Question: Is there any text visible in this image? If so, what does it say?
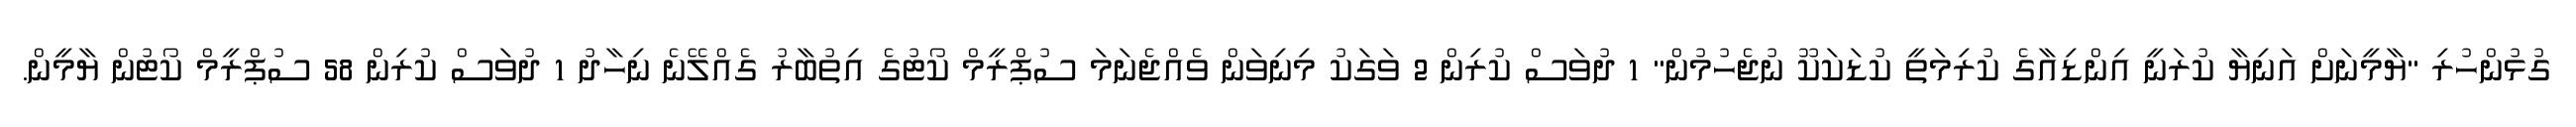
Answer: ގުޅުންހުރި "ޔާމީނަށް އަނިޔާ ކުރަނީ އިންޑިއާގެ ކުރިމަތީ ކުޑަކަކޫ ނުޖެހުމުން" 1 ދުވަސް ކުރިން 2 ވަގަކު މިނިވަން ވެއްޖެނަމަ ސުޕްރީމް ކޯޓުގެ އިތުބާރު ގެއްލޭނެ ނިހާދު 1 ދުވަސް ކުރިން 58 ސުޕްރީމް ކޯޓުން ޔާމީން.